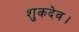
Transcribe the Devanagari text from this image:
शुकदेव।